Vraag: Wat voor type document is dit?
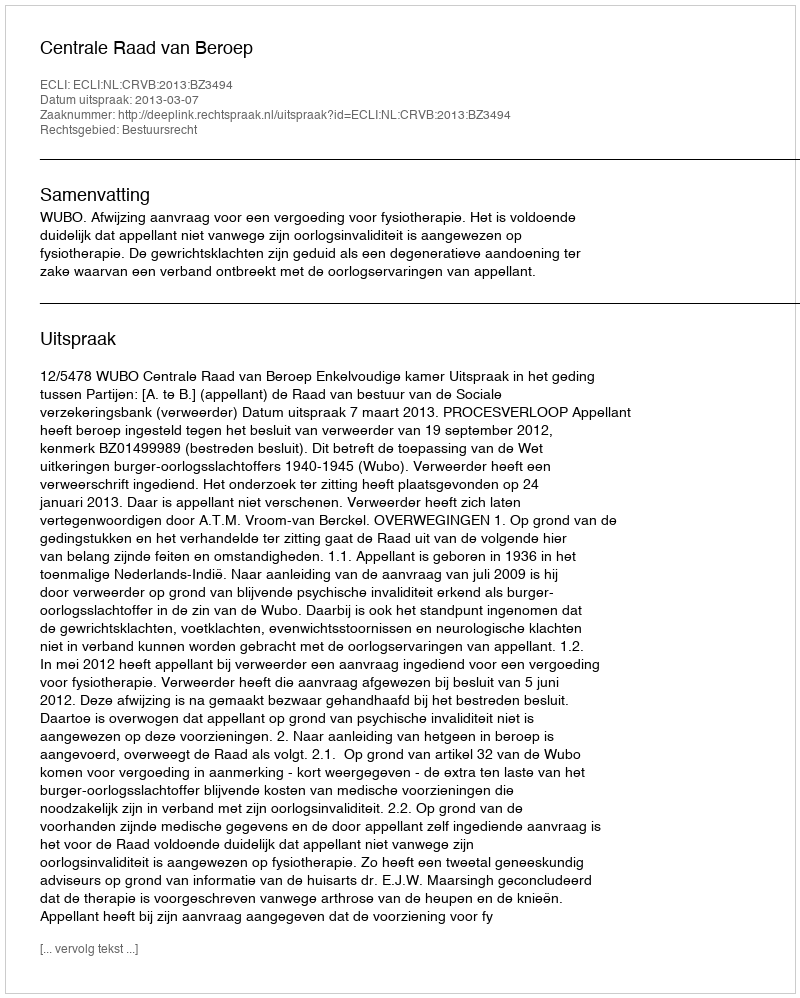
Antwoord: Uitspraak